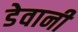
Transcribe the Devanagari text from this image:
डेवानी